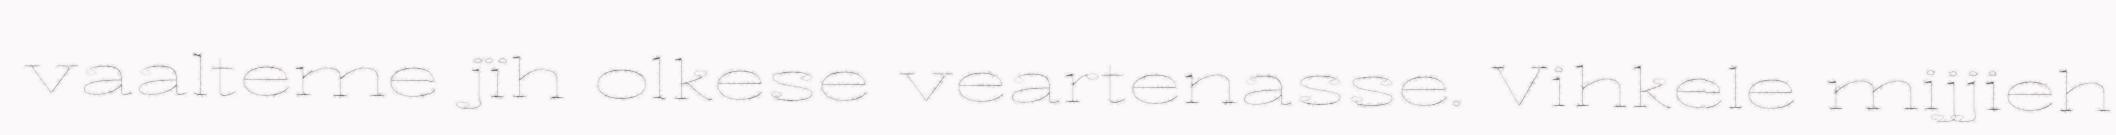
vaalteme jïh olkese veartenasse. Vihkele mijjieh